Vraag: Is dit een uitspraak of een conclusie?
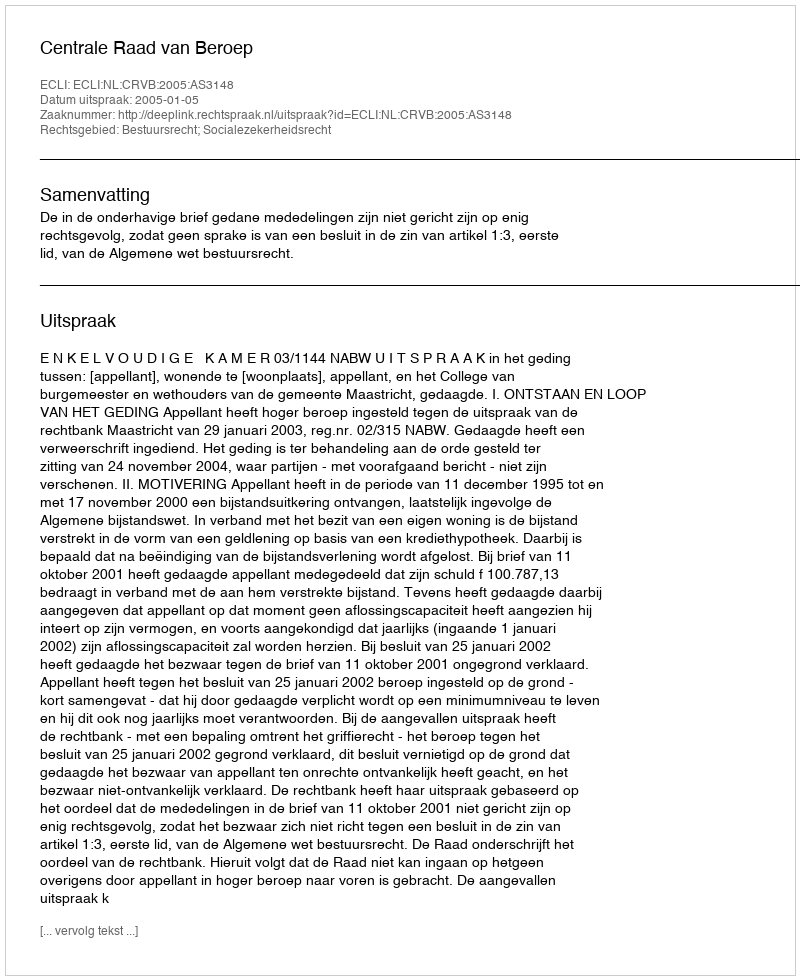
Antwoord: Uitspraak